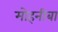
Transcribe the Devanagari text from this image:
मोहनीबा